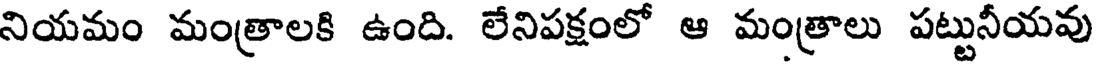
నియమం మంత్రాలకి ఉంది. లేనిపక్షంలో ఆ మంత్రాలు పట్టునీయవు